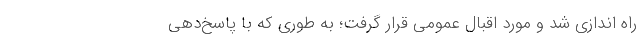
راه اندازی شد و مورد اقبال عمومی قرار گرفت؛ به طوری که با پاسخ‌دهی